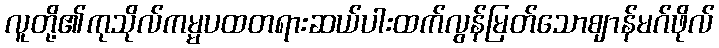
လူတို့၏ကုသိုလ်ကမ္မပထတရားဆယ်ပါးထက်လွန်မြတ်သောဈာန်မဂ်ဖိုလ်